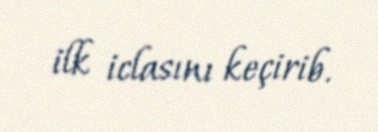
ilk iclasını keçirib.